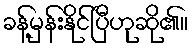
ခန့်မှန်းနိုင်ပြီဟုဆို၏။